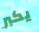
يكبر